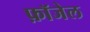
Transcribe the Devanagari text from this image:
फ़ॉजेल